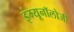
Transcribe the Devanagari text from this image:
इंम्यूनॉलोजी